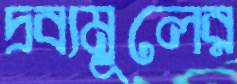
দ্রব্যমূলের